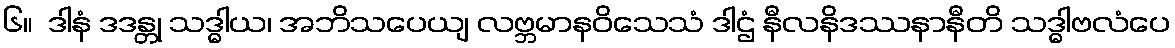
၆။  ဒါနံ ဒဒန္တု သဒ္ဓါယ၊ အဘိသပေယျ လဗ္ဘမာနဝိသေသံ ဒါဌံ နီလနိဒဿနာနီတိ သဒ္ဓါဗလံပေ